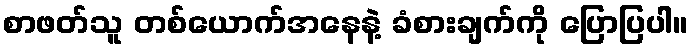
စာဖတ်သူ တစ်ယောက်အနေနဲ့ ခံစားချက်ကို ပြောပြပါ။